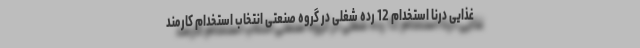
غذایی درنا استخدام 12 رده شغلی در گروه صنعتی انتخاب استخدام کارمند